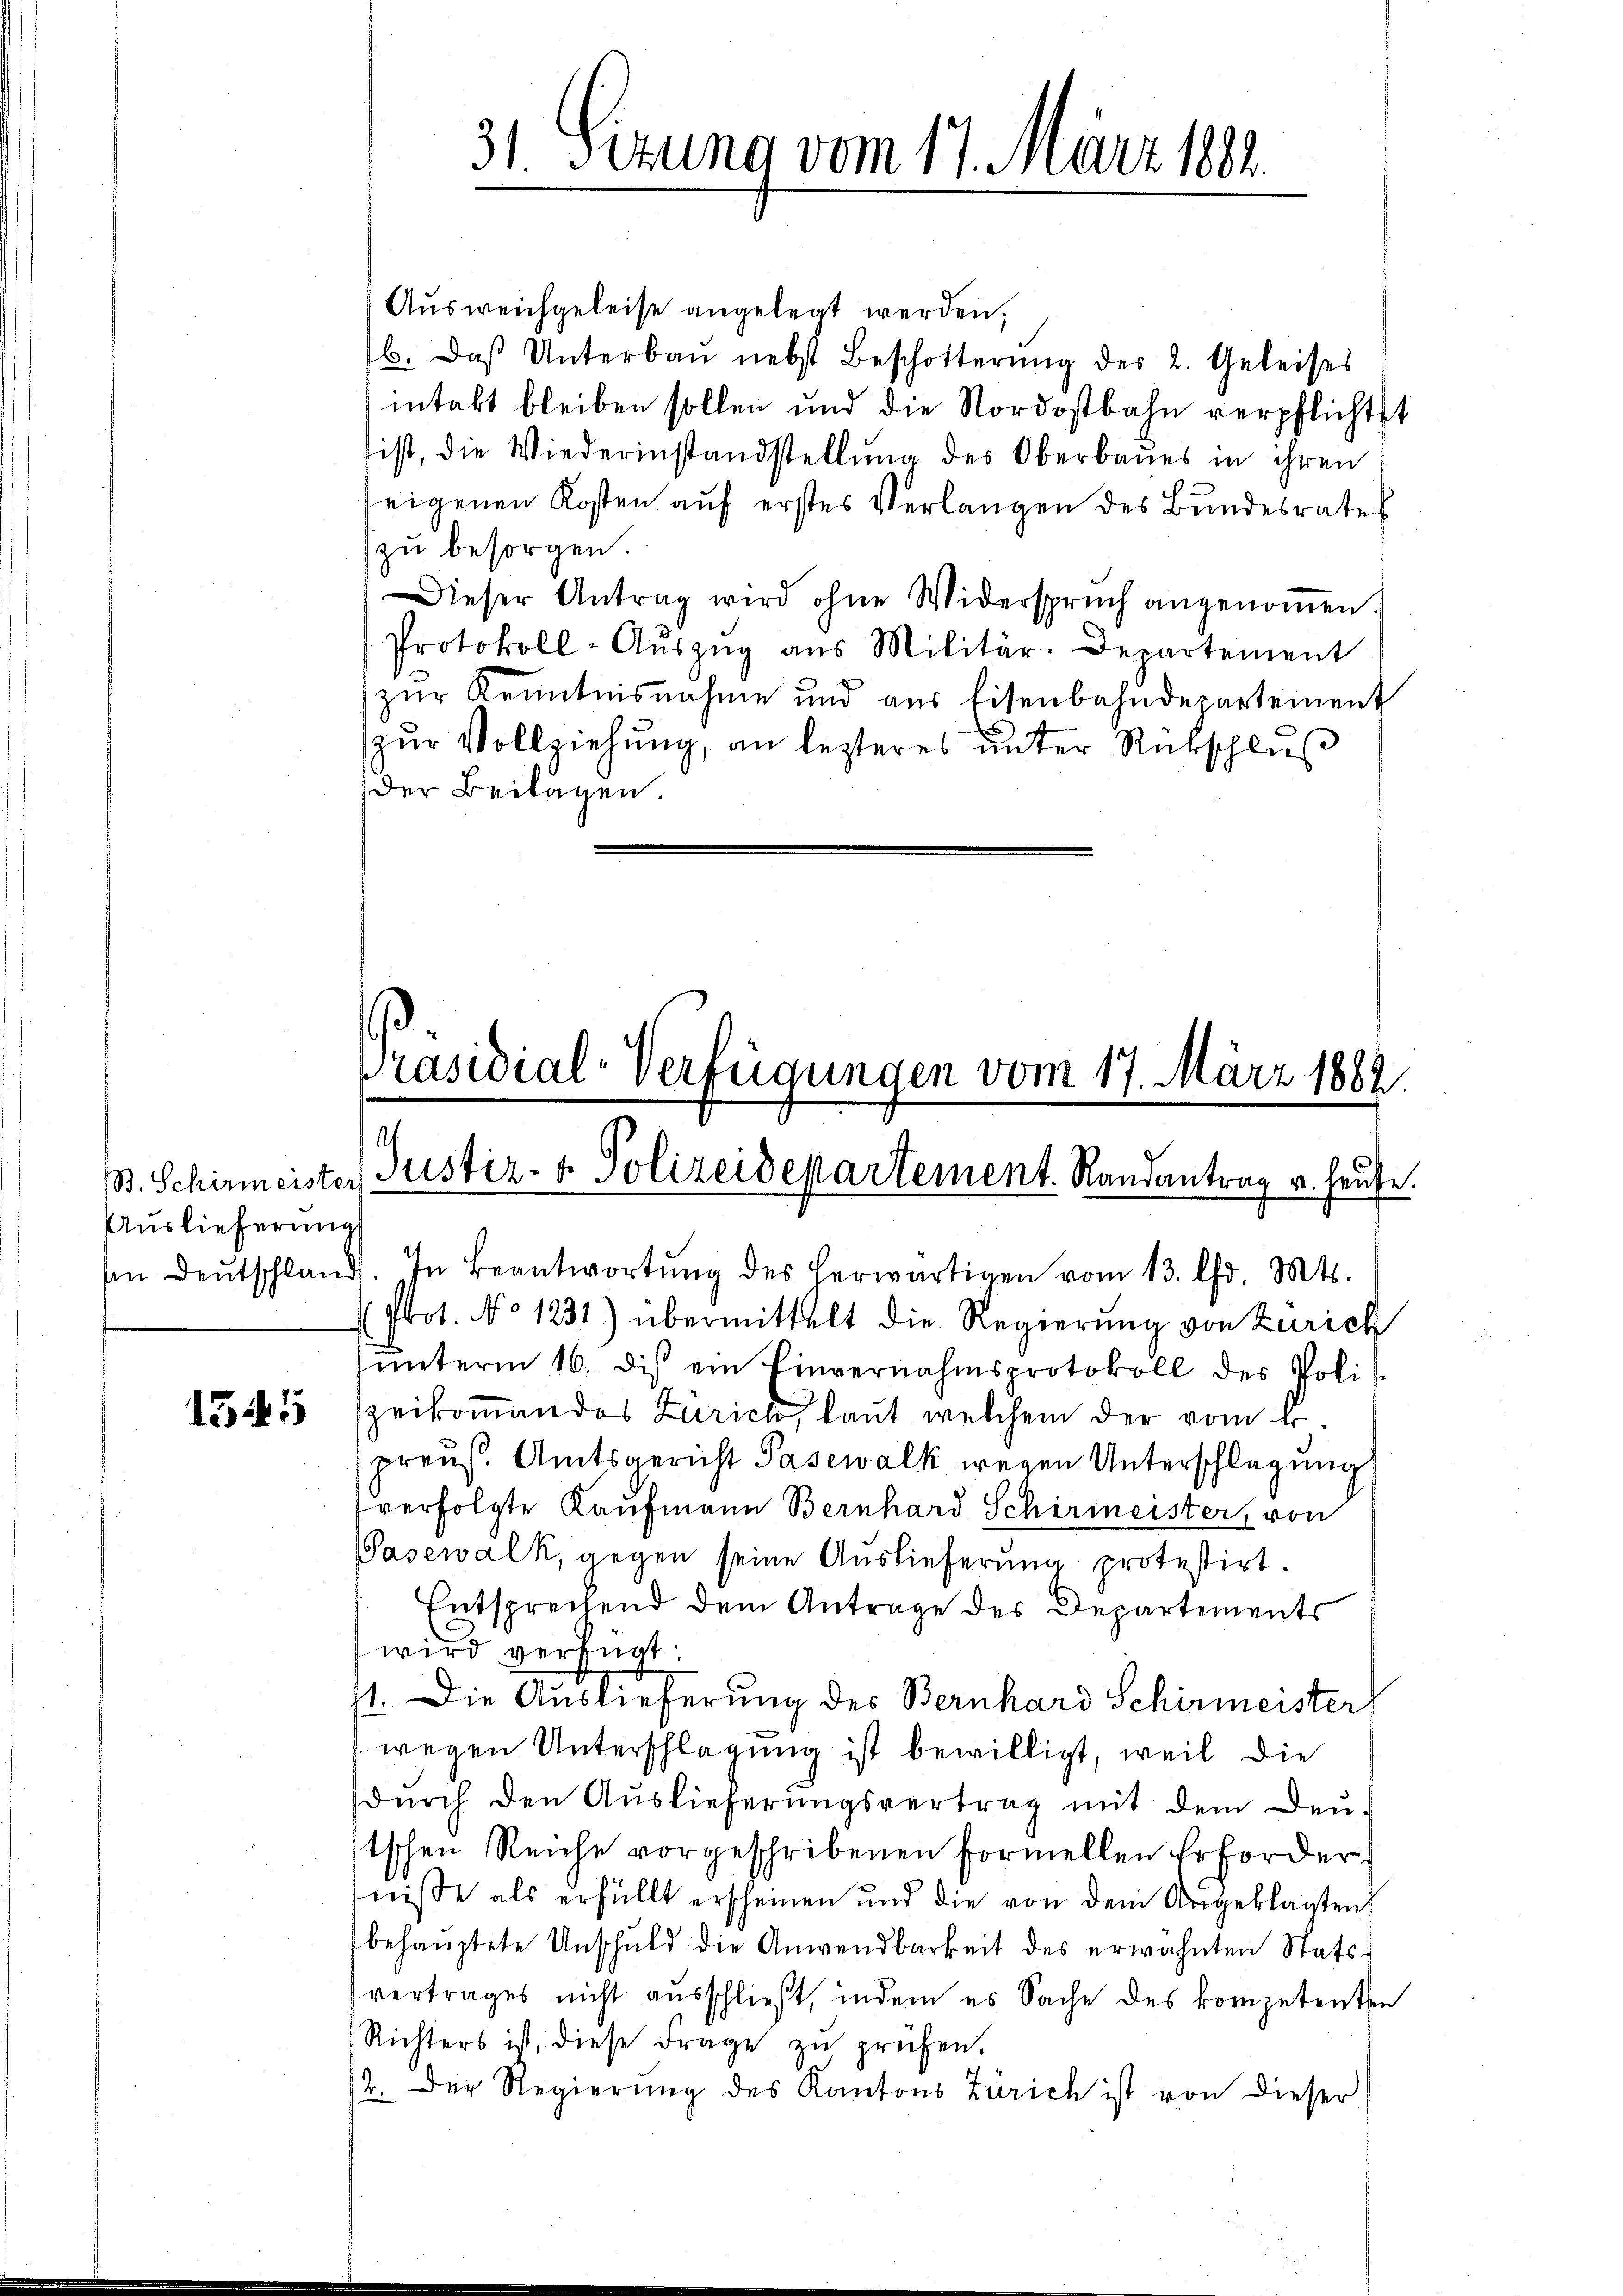
Auslieferung

1545

an Deutschland. In Beantwortŭng des herwärtigen vom 13. d. Mts.
Ptot. No 1231) übermittelt die Regierung von Zürich
ŭnterm 16. dies ein Einvernahmsprotokoll des Poli
zeikommen des Zürich, laut welchem der vom 4.
preuß. Amtsgericht Pasewalk wegen Unterschlagung
verfolgte Kaufmann Bernhard Schirmeister, von
Pasewalk, gegen seine Auslieferung protestirt
Entsprechend dem Antrage des Departements
wird verfügt
st. Die Auslieferung des Bernhard Schirmeister
wegen Unterschlagung ist bewilligt, weil die
dŭrch den Auslieferungsvertrag mit dem Deŭ-
stschen Reiche vorgeschribenen formellen Erfordernisse als erfüllt erscheinen und die von dem Angeklagten
behauptete Unschuld die Anwendbarkeit des erwähnten Statsvertrages nicht ausschließt, indem es Sache des kompetenten
Richters ist, diese Frage zŭ prüfen.
12. Der Regierŭng des Kantons Zürich ist von dieser

Ausweichgeleise angelegt werden,
b. Das Unterbaŭ nebst Beschotterŭng des 2. Geleises
intakt bleiben sollen und die Nordostbahn verpflichtet
ist, die Wiederinstandstellung des Oberbaues in ihren
seigenen Kosten auf erstes Verlangen des Bundesrates
zu besorgen.
Dieser Antrag wird ohne Widerspruch angenoṁen.
Protokoll-Aŭszŭg aŭs Militär-Departement
zur Kenntnisnahme und aus Eisenbahndepartement
zur Vollziehung, an lezteres unter Rückschluß
der Beilagen.

31. Sitzung vom 17. März 1884.

Präsidial-Verfügungen vom 17. März 1882
h
B. Schirmeister Justiz- & Polizeidepartement. Randantrag u. heute.